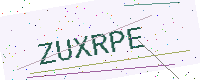
Text: ZUXRPE